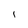
Character: i